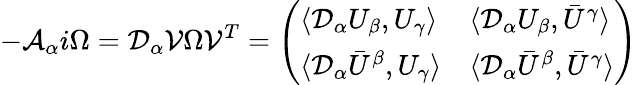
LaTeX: -{\cal A}_{\alpha}i\Omega={\cal D}_{\alpha}{\cal V}\Omega{\cal V}^{T}=\left(\begin{array}{ll}{{\langle{\cal D}_{\alpha}U_{\beta},U_{\gamma}\rangle}}&{{\langle{\cal D}_{\alpha}U_{\beta},\bar{U}^{\gamma}\rangle}}\\ {{\langle{\cal D}_{\alpha}\bar{U}^{\beta},U_{\gamma}\rangle}}&{{\langle{\cal D}_{\alpha}\bar{U}^{\beta},\bar{U}^{\gamma}\rangle}}\end{array}\right)